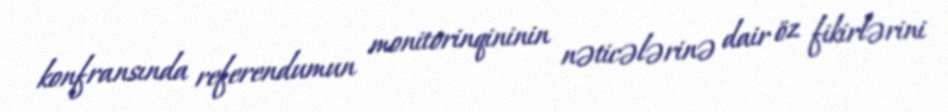
konfransında referendumun monitorinqininin nəticələrinə dair öz fikirlərini